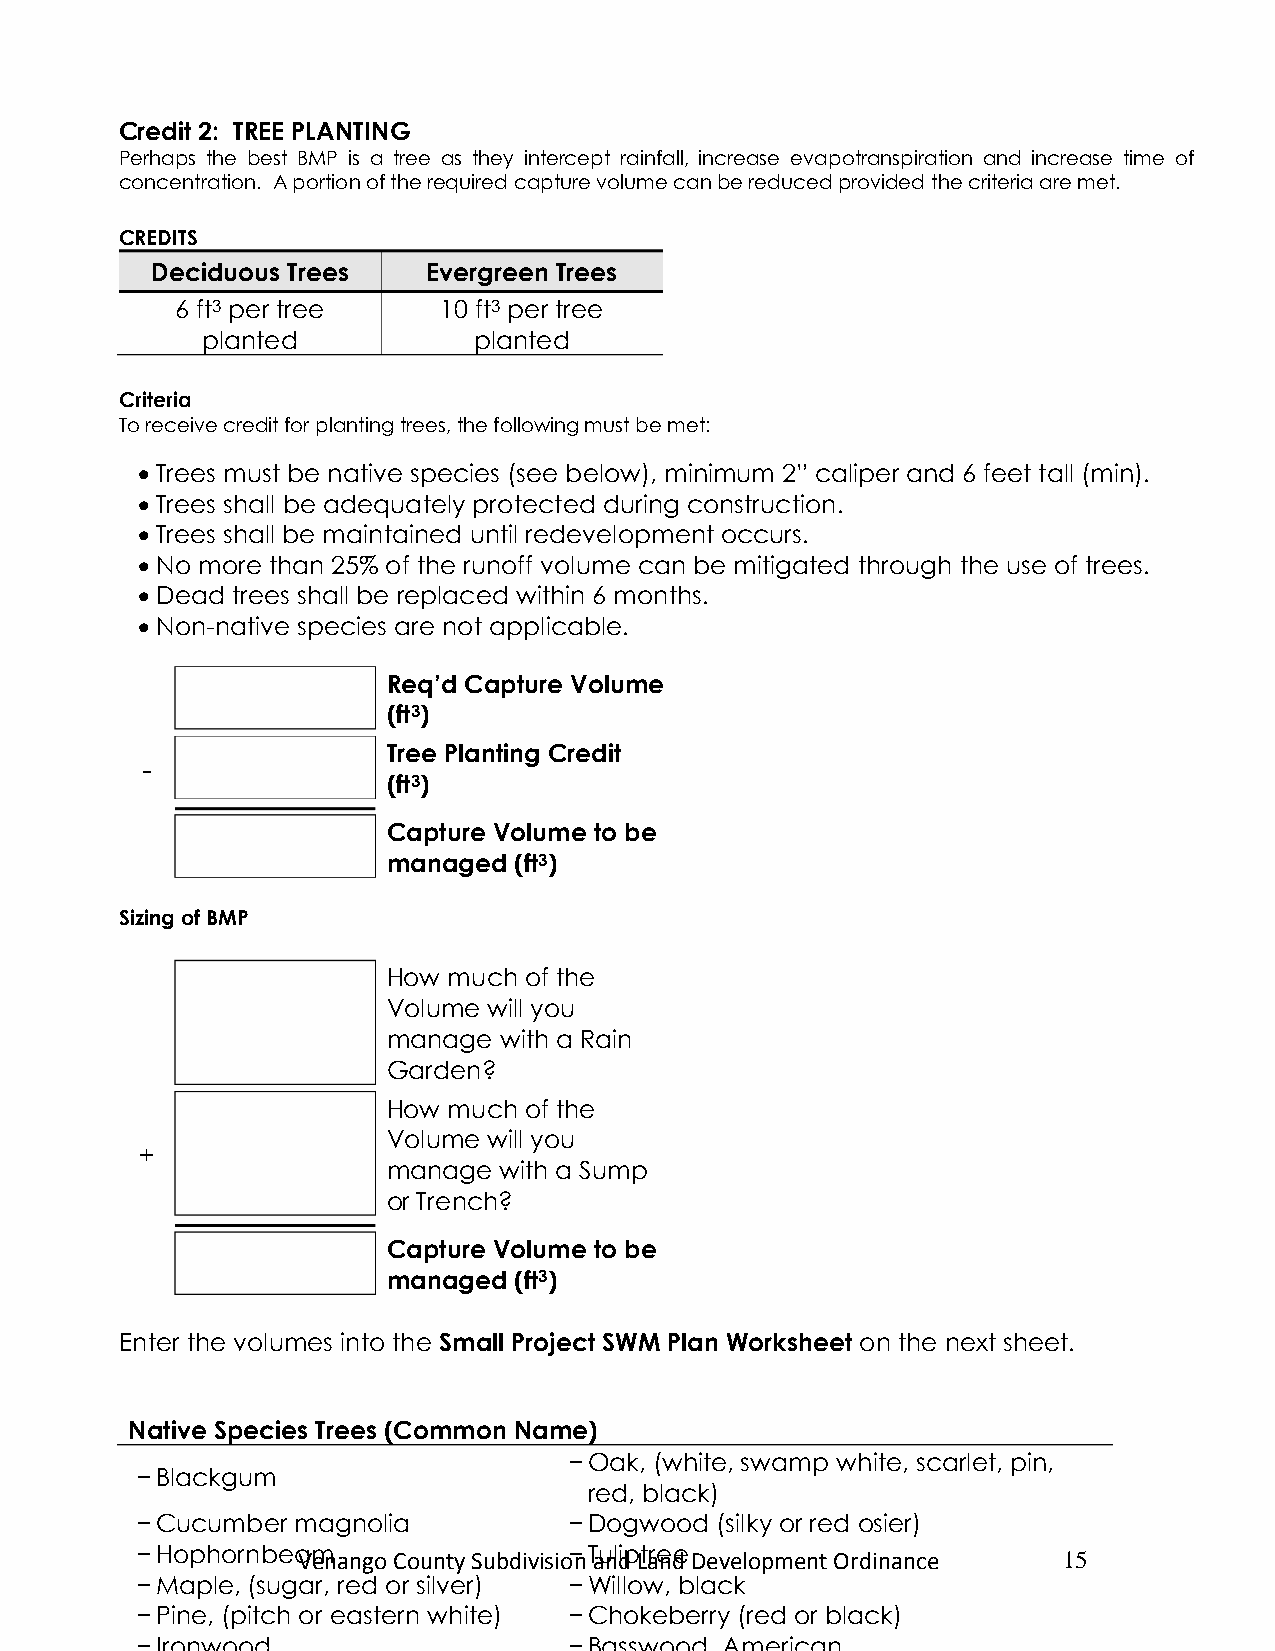
Credit 2: TREE PLANTING
 Perhap s the best BMP is a tree as they intercept rainfall, increase evapotranspiration and increase time of
 concentration. A portion of the required capture volume can be reduced provided the criteria are met.
 CREDITS
 Deciduous Trees   Evergreen Trees
 6 ft3 per tree   10 ft3 per tree
 planted           planted
 Criteria
 To receive credit for planting trees, the following must be met:
  Trees must be native species (see below), minimum 2” caliper and 6 feet tall (min).
  Trees shall be adequately protected during construction.
  Trees shall be maintained until redevelopment occurs.
  No more than 25% of the runoff volume can be mitigated through the use of trees.
  Dead trees shall be replaced within 6 months.
  Non-native species are not applicable.
 Req’d Capture Volume
 (ft3)
 Tree Planting Credit
 -
 (ft3)
 Capture Volume to be
 managed (ft3)
 Sizing of BMP
 How much of the
 Volume will you
 manage with a Rain
 Garden?
 How much of the
 Volume will you
 +
 manage with a Sump
 or Trench?
 Capture Volume to be
 managed (ft3)
 Enter the volumes into the Small Project SWM Plan Worksheet on the next sheet.
 Native Species Trees (Common Name)
 −Oak, (white, swamp white, scarlet, pin,
 −Blackgum
 red, black)
 −Cucumber magnolia           −Dogwood (silky or red osier)
 −Hophornbea Vm en ango County Subdivisio− n T au nl dip Lt are nde Development Ordinance 15
 −Maple, (sugar, red or silver) −Willow, black
 −Pine, (pitch or eastern white) −Chokeberry (red or black)
 −Ironwood                    −Basswood, American